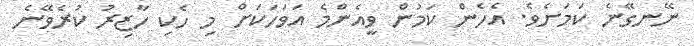
ނޭނގޭނެ ކަމަށެވެ. އެހެން ކަމުން ވީއެންމެ އަވަހަކަށް މި ހެކި ހާޒިރު ކުރެވޭނެ